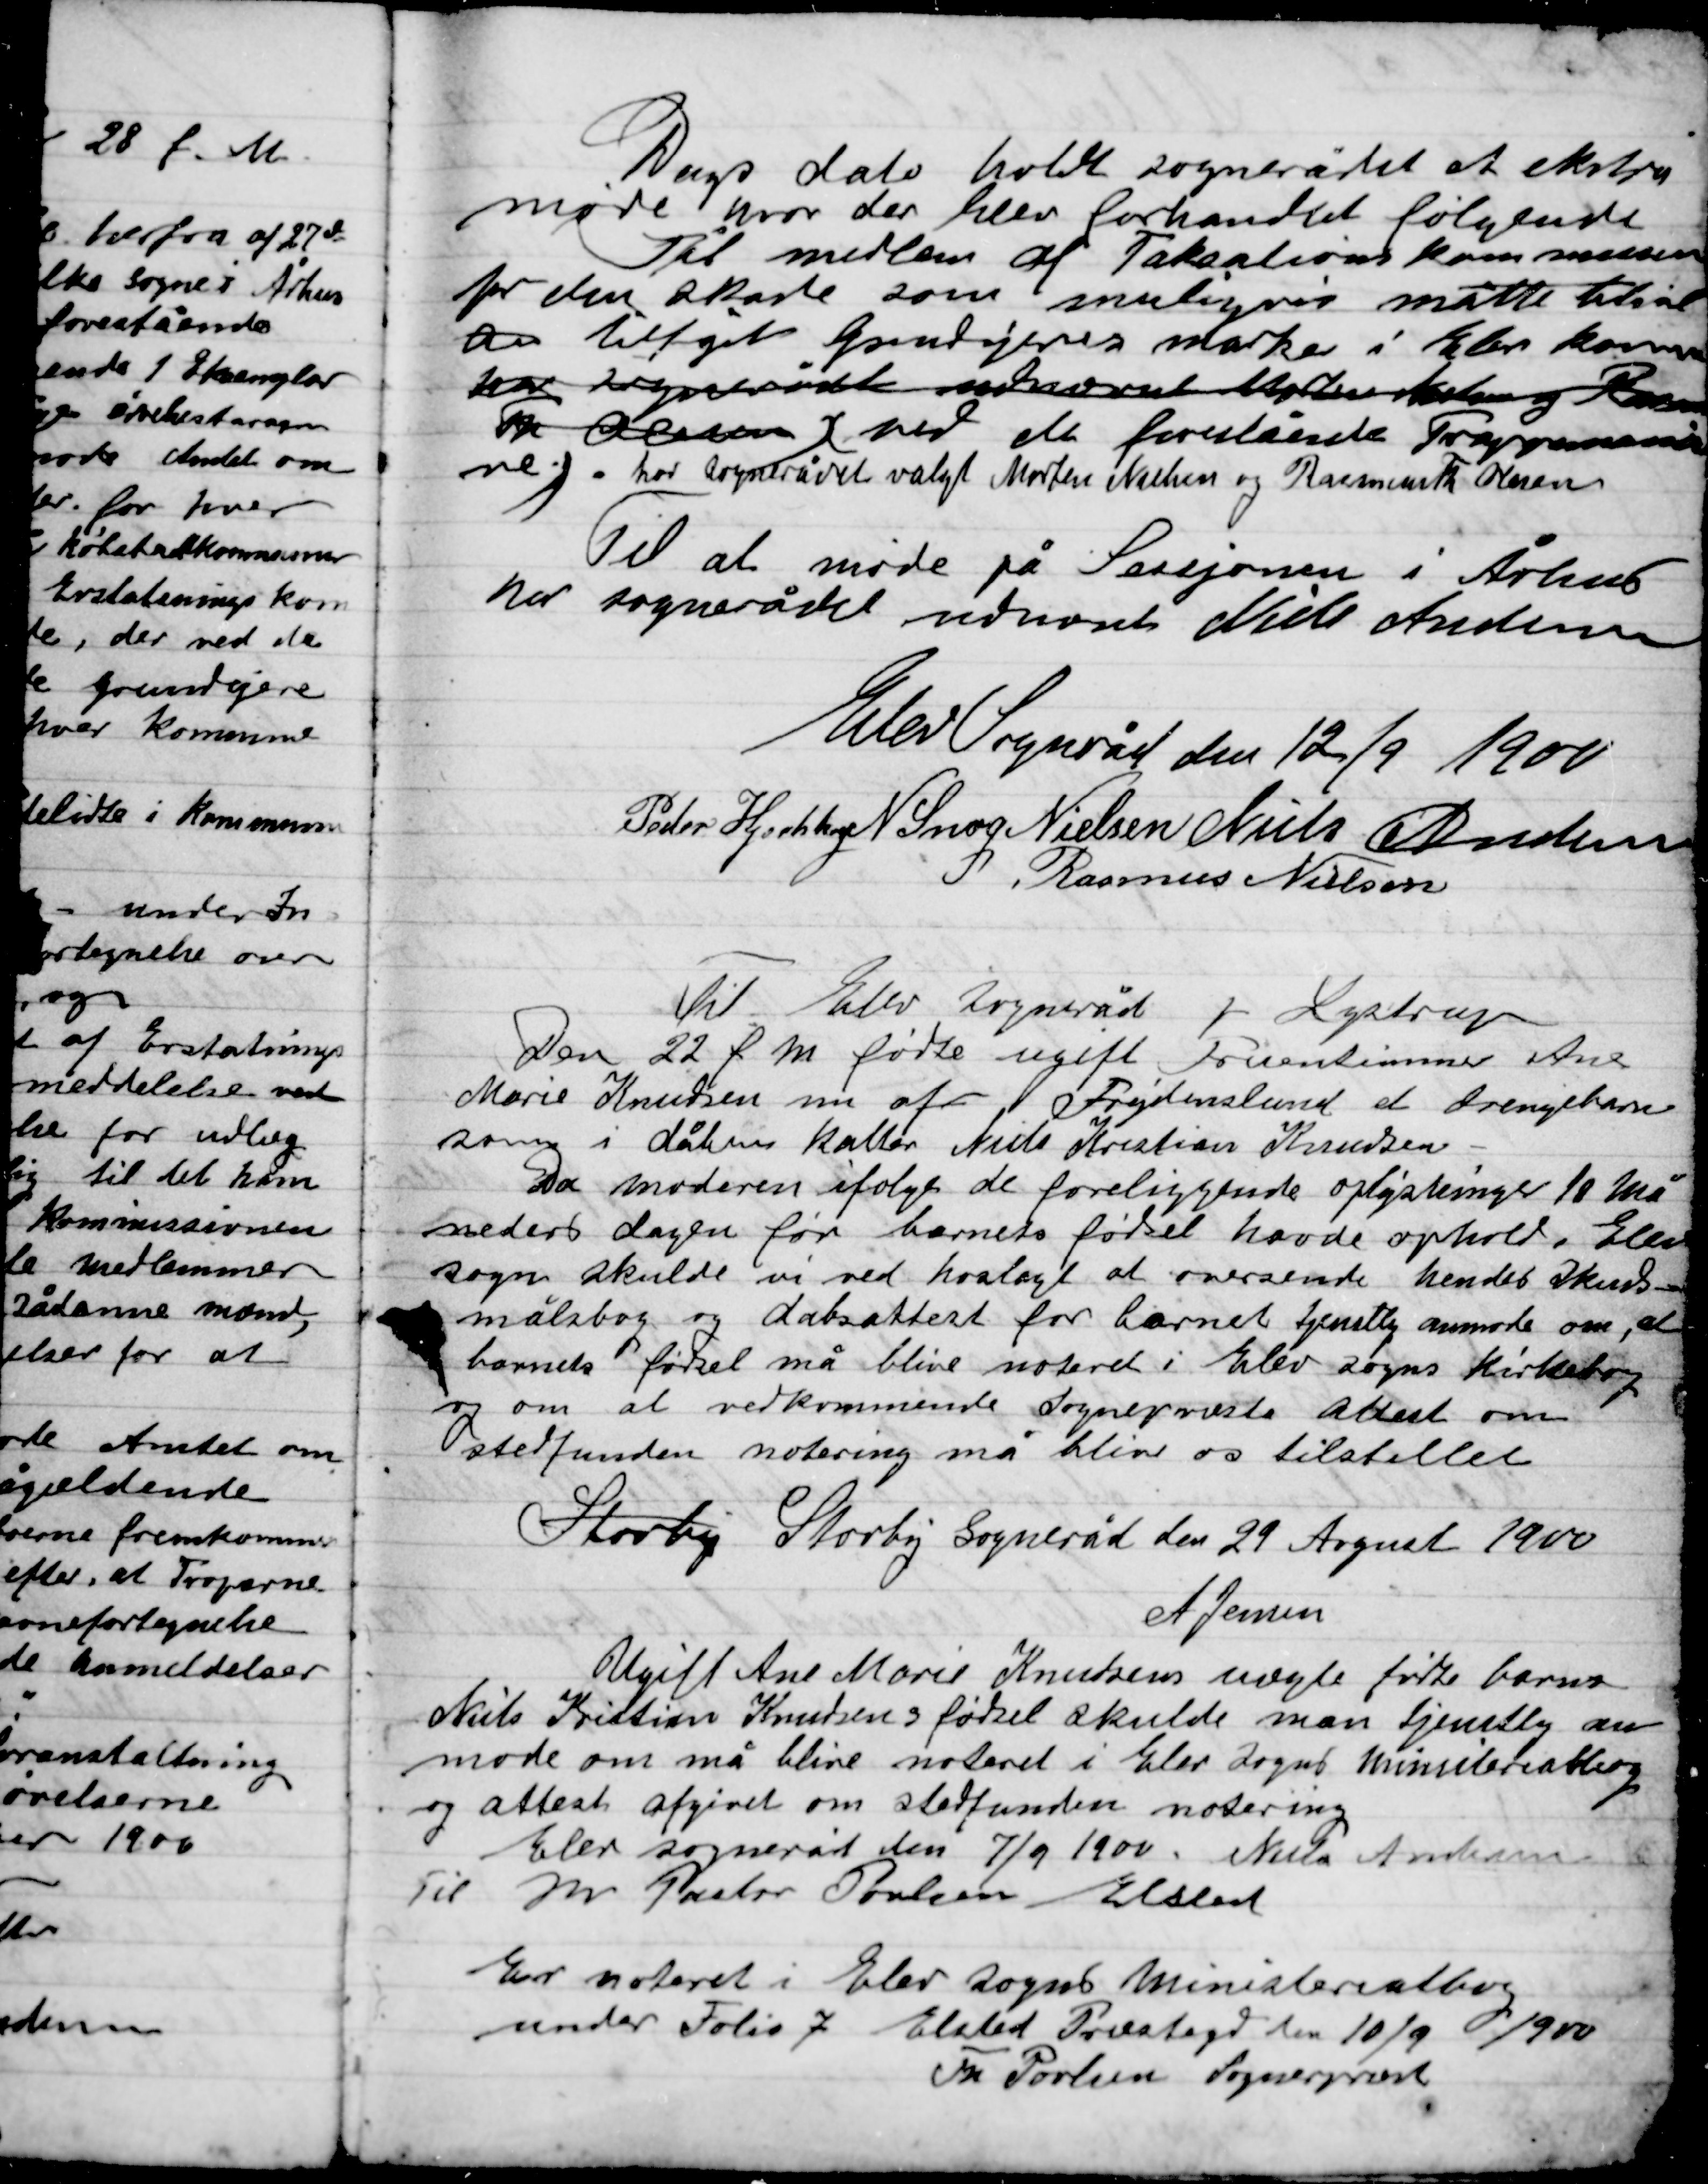
Transskription:
Dags dato holdt sognerådet et ekstra
møde hvor der blev behandlet følgende:
til medlem af Takaalroar kommitionen
for den skade som muligvis måtte tilstå
an tilgik grundejerens marker i Elev kommune
har Sognerådet udskrævet  til den og Rasmus
Fr. Andersen ved de forestående -
ne. Har sognerådet valgt Morten Nielsen og Rasmus Nielsen

Til at møde på Sessjonen i Århus
Har sognerådet udnævnt Niels Andersen

Elev Sogneråd den 12/9  1900

Peder Hjortshøj
N. Snog Nielsen
Niels Andersen
P Rasmus Nielsen

Til Elev Sogneråd v Lystrup
Den 22 f. m. fødte ugift Fruentimmer Ane
Marie Knudsen nu af Frydenlund et Drengebarn
som i dåben kaldes Niels Kristian Knudsen.
Da moderen ifølge de foreliggende oplysninger 10 Må-
neders dagen barnets fødsel havde opholdt i Elev
sogn skulde vi ved hoslagt at svarede hendes Skuds-
målsbog og dåbsattest for barnets tjenstlig anmode om, at
barnets fødsel må blive noteret i Elev Kirkebog
og om at vedkommende Sognepræst attest om
stedfunden notering må blive os tilstillet.
Storby Storby Sogneråd den 29 August 1900
A.	Jensen

Ugift Ane Marie Knudsens uægte fødte barn
Niels Kristian Knudsens fødsel skulle man tjenstlig an-
mode om må blive noteret i Elev Sogn Minialeralbog
og attest afgivet om stedfunden notering
Elev Sogneråd den 7/9 1900 Niels Andersen
Til Hr. Pastor Poulsen Elsted
Er noteret i Elev Sogns Ministerialbog
Under Folie 7. Elsted Præstegård den 10/9 1900
Th. Poulsen Sognepræst